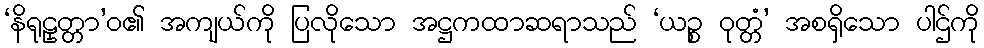
‘နိရုဠှတ္တာ’ဝ၏ အကျယ်ကို ပြလိုသော အဋ္ဌကထာဆရာသည် ‘ယဉ္စ ဝုတ္တံ’ အစရှိသော ပါဌ်ကို